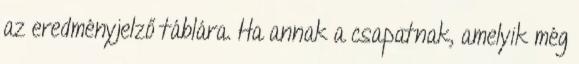
az eredményjelző táblára. Ha annak a csapatnak, amelyik még